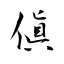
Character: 傎